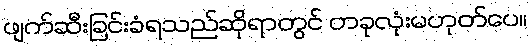
ဖျက်ဆီးခြင်းခံရသည်ဆိုရာတွင် တခုလုံးမဟုတ်ပေ။